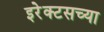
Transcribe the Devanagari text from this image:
इरेक्टसच्या